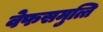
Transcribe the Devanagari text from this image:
वेफसमुत्ति